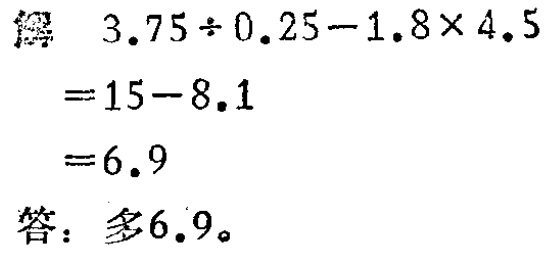
解

\[

\begin{align*}

&3.75\div0.25 - 1.8\times4.5\\

=&15 - 8.1\\

=&6.9

\end{align*}

\]

答：多\(6.9\)。